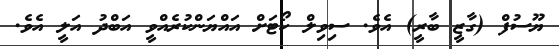
ޔޫސުފް (ގާޒީ ބާރީ) އެވެ. ސިވިލް ކޯޓަށް އައްޔަންކުރެއްވީ އަބްދު އަލީ އެވެ.